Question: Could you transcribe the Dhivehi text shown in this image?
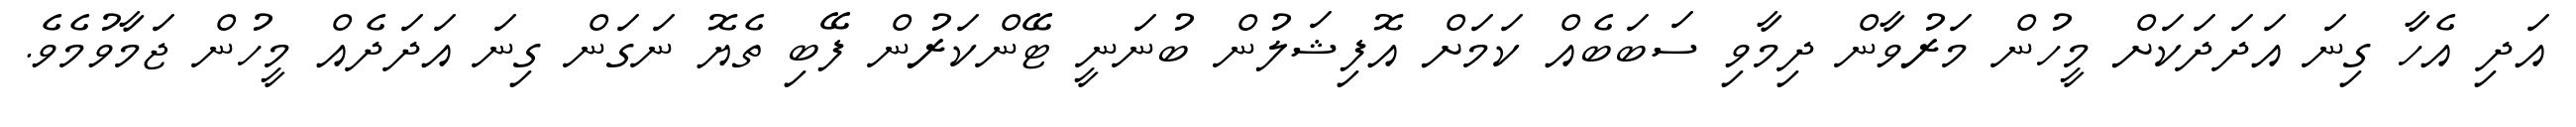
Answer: އަދި އެހާ ގިނަ އަދަދަކަށް މީހުން މަރުވާން ދިމާވި ސަބަބެއް ކަމަށް އޮފިޝަލުން ބުނަނީ ޓޭންކަރުން ފޭބި ތެޔޮ ނަގަން ގިނަ އަދަދެއް މީހުން ޖަމާވުމެވެ.